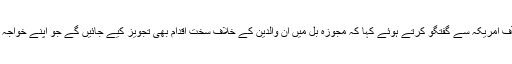
علی نواز چوہان نے ہفتہ کو وائس آف امریکہ سے گفتگو کرتے ہوئے کہا کہ مجوزہ بل میں ان والدین کے خلاف سخت اقدام بھی تجویز کیے جائیں گے جو اپنے خواجہ سرا بچوں کو قبول نہیں کرتے ہیں۔